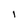
Character: I